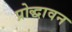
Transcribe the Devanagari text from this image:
प्रोद्धावन